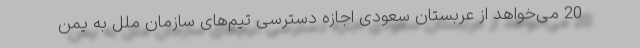
20 می‌خواهد از عربستان سعودی اجازه دسترسی تیم‌های سازمان ملل به یمن